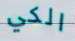
الكي